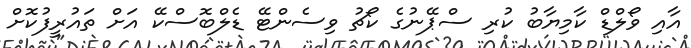
އާއި ވޯލްޑް ކާމިޔާބު ކުރި ސްޕޭނުގެ ކޯޗު ވިސެންޓޭ ޑެލްބޮސްކޭ އަށް ތައުރީފުކޮށް